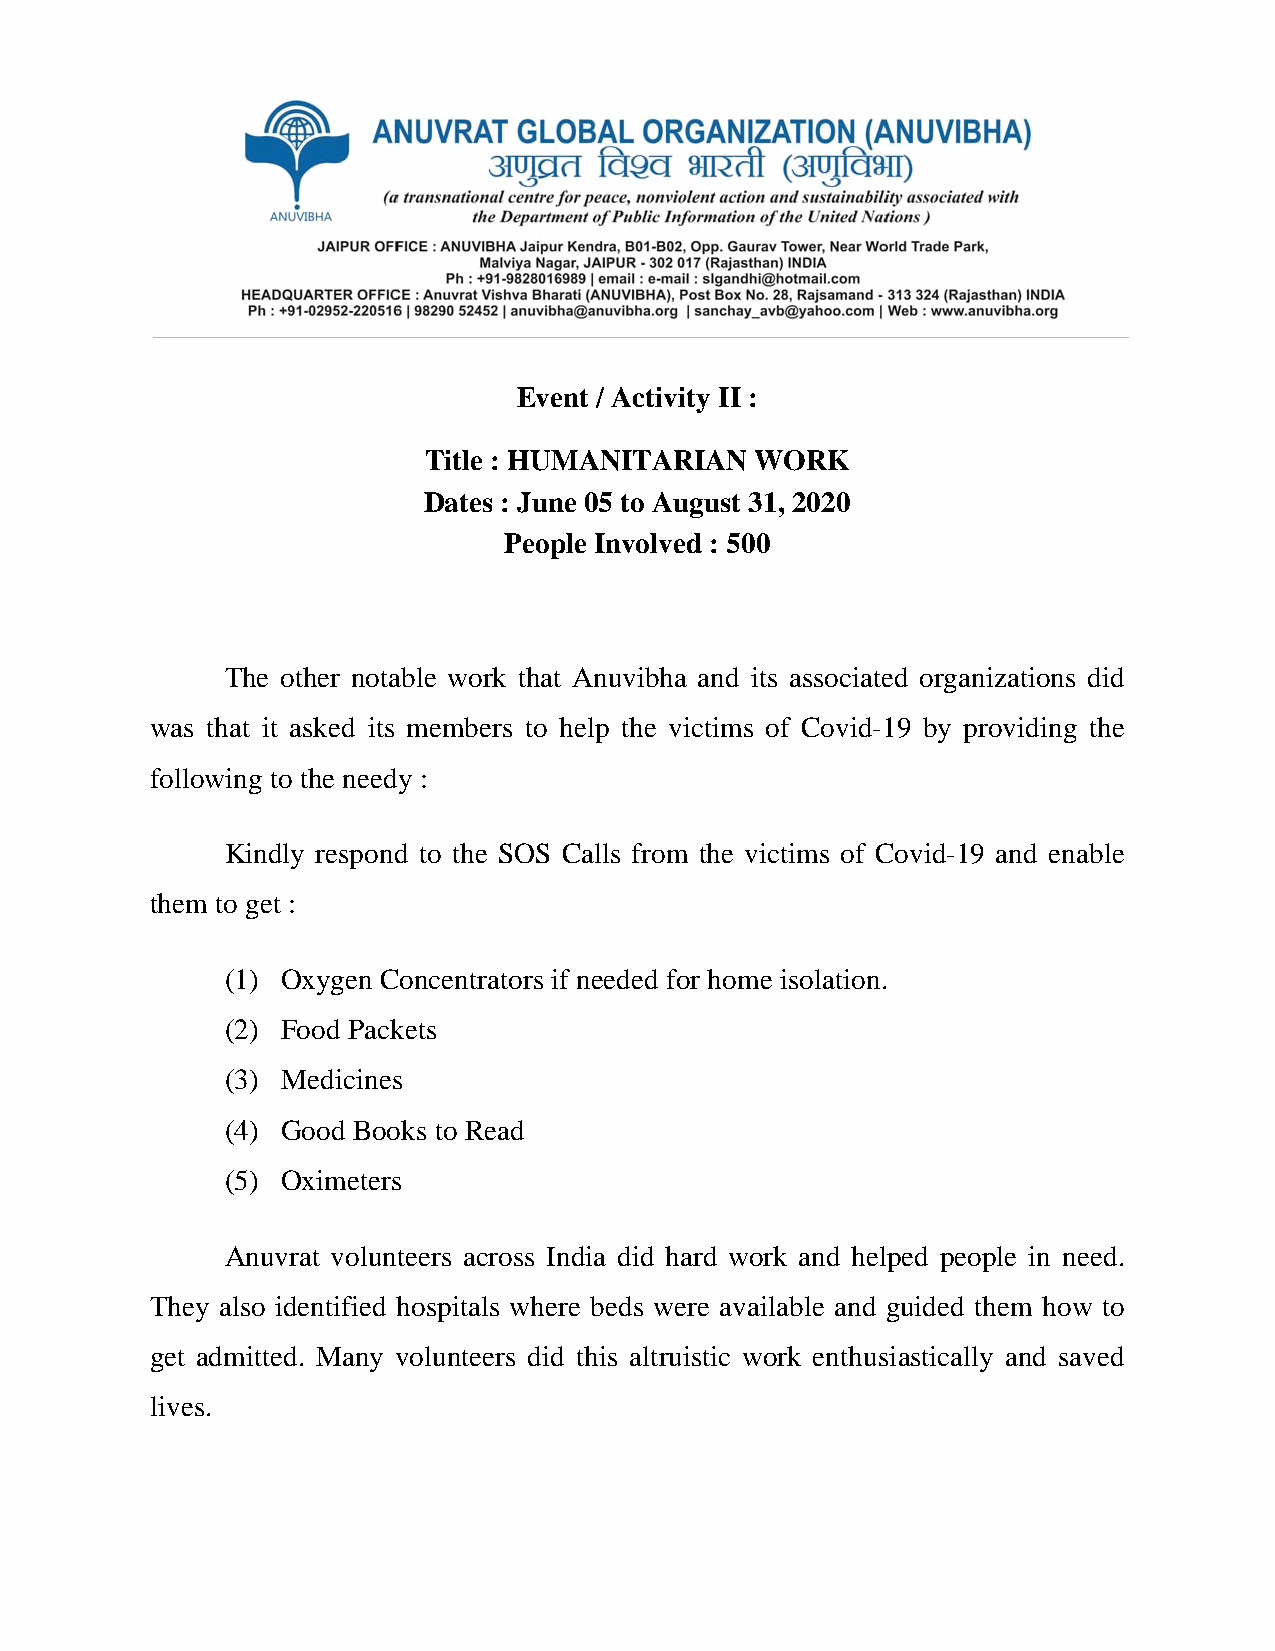
Event / Activity II :
 Title : HUMANITARIAN  WORK
 Dates : June 05 to August 31, 2020
 People Involved : 500
 The other notable work that Anuvibha and its associated organizations did
 was that it asked its members to help the victims of Covid-19 by providing the
 following to the needy :
 Kindly respond to the SOS Calls from the victims of Covid-19 and enable
 them to get :
 (1) Oxygen Concentrators if needed for home isolation.
 (2) Food Packets
 (3) Medicines
 (4) Good Books to Read
 (5) Oximeters
 Anuvrat volunteers across India did hard work and helped people in need.
 They also identified hospitals where beds were available and guided them how to
 get admitted. Many volunteers did this altruistic work enthusiastically and saved
 lives.